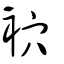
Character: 袕